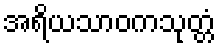
အရိယသာဝကသုတ္တံ